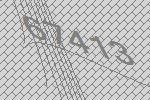
67413